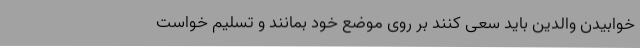
خوابیدن والدین باید سعی کنند بر روی موضع خود بمانند و تسلیم خواست